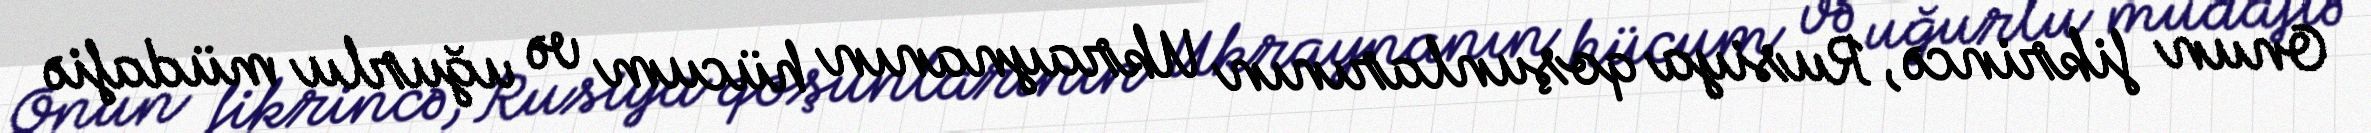
Onun fikrincə, Rusiya qoşunlarının Ukraynanın hücum və uğurlu müdafiə